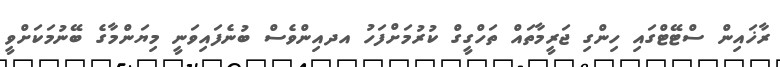
ރާޚައިން ސްޓޭޓްގައި ހިންގި ޖަރީމާތައް ތަހްގީގް ކުރުމަށްފަހު އދއިންވެސް ބުނެފައިވަނީ މިޔަންމާގެ ބޭނުމަކަށްވީ